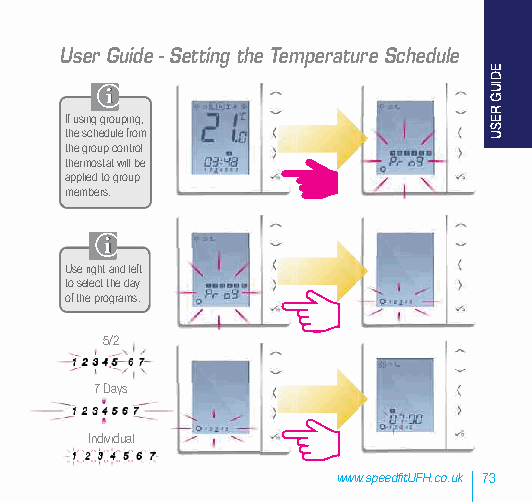
User Guide - Setting the Temperature Schedule
 If using grouping,
 the schedule from
 the group control
 thermostat will be
 applied to group
 members.
 Use right and left
 to select the day
 of the programs.
 5/2
 7 Days
 Individual
 www.speedfitUFH.co.uk 73
 EDIUG
 RESU